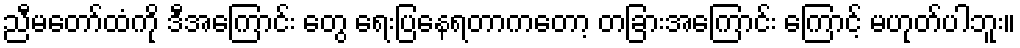
ညီမတော်ထံကို ဒီအကြောင်း တွေ ရေးပြနေရတာကတော့ တခြားအကြောင်း ကြောင့် မဟုတ်ပါဘူး။